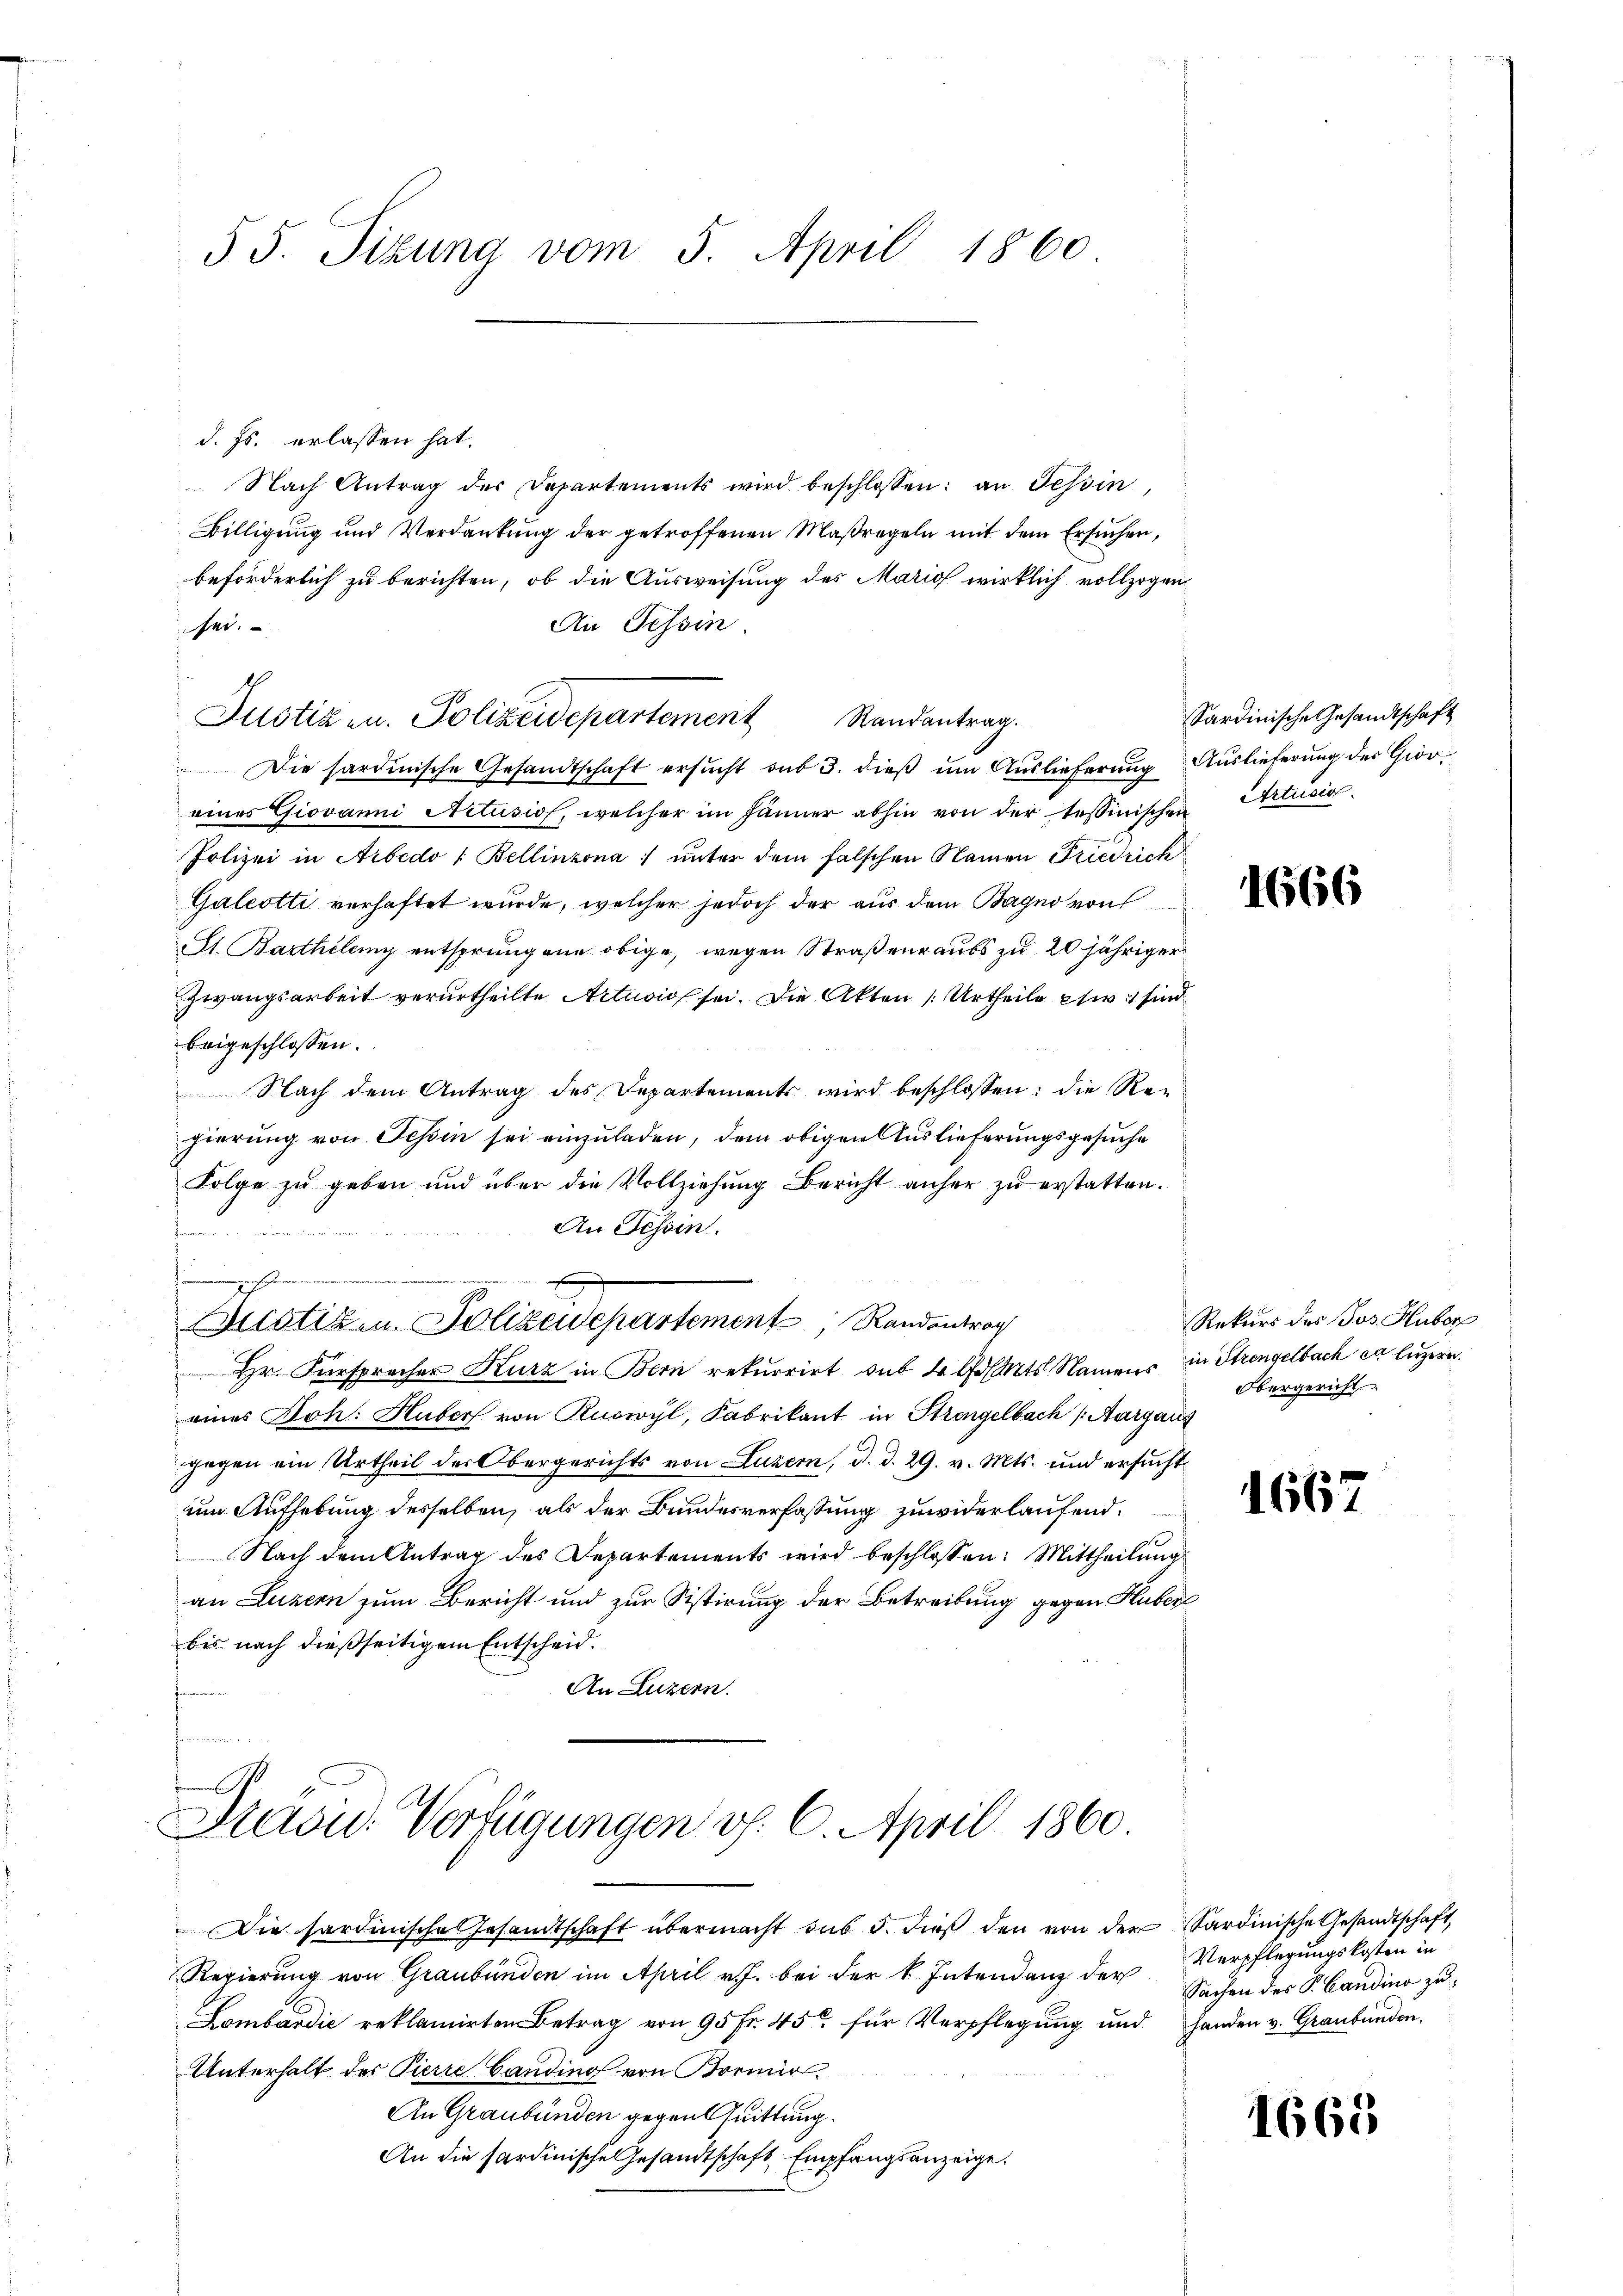
55. Sitzung vom 5. April 1860

d. Js. erlassen hat.
Nach Antrag der Departements wird beschlossen: an Tessin,
Billigung und Verdankung der getroffenen Maßregeln mit dem Ersuchen,
beförderlich zu berichten, ob die Ausweisung des Mario wirklich vollzogen
An Tessin
sei.
Justizen. Polizeidepartement
Randantrag.
Die sardinische Gesandtschaft ersucht sub 3. dieß um Auslieferung Auslieferung der Gior
eines Giovanni Artusios, welcher im Jänner abhin von der tessinischen Artusig
Polizei in Arbedo 1. Bellinzona unter dem falschen Namen Friedrich
Galcotti verhaftet wurde, welcher jedoch der aus dem Bagno von
St. Barthilung entsprungene obige, wegen Straßenraubs zu 20 jähriger
Zwangsarbeit verurtheilte Actusis sei. Die Akten Urtheile etw. sind
beigeschlossen.
Nach dem Antrag des Departements wird beschlossen: die Regierung von Tessin sei einzuladen, dem obigen Auslieferungsgesuche
Folge zu geben und über die Vollziehung Bericht anher zŭ erstatten.
An Tessin.
enningesehen
Justiz u. Polizeidepartement Randentrag
Hr. Fürsprecher Kurz in Bern rekurrirt, sub 4 Art. Namens in Strengelbach ex luzern.
eines Joh. Huber von Ruswyl, Fabrikant in Strengelbach (Aargau
gegen ein Urtheil der Obergerichts von Luzern, d. d. 29. v. Mts. und ersŭcht
um Aufhebung desselben, als der Bundesverfassung zuwiderlaufend.
Nach dem Antrag des Departements wird beschlossen: Mittheilung
an Luzern zum Bericht und zur Sistirung der Betreibung gegen Huber
bis nach dießseitigem Entscheid.
An Luzern.
.

Brasid. Verfügungen v. 6. April 1860.
e

Die sardinische Gesandtschaft übermacht das 5. dieβ den von der Sardinische Gesandtschaft
Regierung von Graubünden im April v. J. bei der k. Intendenz der Verpflegungskosten in
Lombardić reklamirten Betrag von 95 fr. 45 für Verpflegung und Handen v. Graubünden.
Unterhalt des Pierre Candino von Bormir¬
An Graubünden gegen Quittung.
An die sardinische Gesandtschaft Empfangsanzeige.

Sardinische Gesandtschaft

1666

Rekurs des Jos. Huber
Obergericht

1667

Sachen des Sr. Candina zu¬

1668